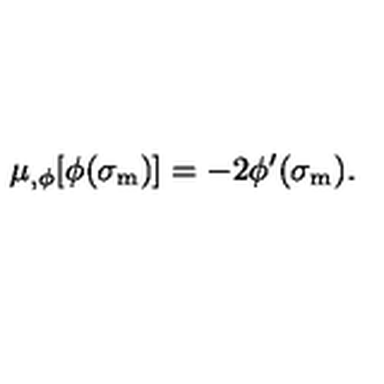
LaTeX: \mu _ { , \phi } [ \phi ( \sigma _ { \mathrm { m } } ) ] = - 2 \phi ^ { \prime } ( \sigma _ { \mathrm { m } } ) .